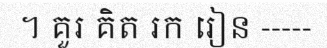
។ គួរ គិត រក រៀន -----